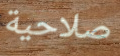
صلاحية